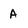
Character: a